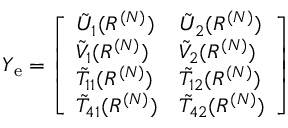
\begin{array} { r } { Y _ { \mathrm { e } } = \left[ \begin{array} { l l } { \tilde { U } _ { 1 } ( R ^ { ( N ) } ) } & { \tilde { U } _ { 2 } ( R ^ { ( N ) } ) } \\ { \tilde { V } _ { 1 } ( R ^ { ( N ) } ) } & { \tilde { V } _ { 2 } ( R ^ { ( N ) } ) } \\ { \tilde { T } _ { 1 1 } ( R ^ { ( N ) } ) } & { \tilde { T } _ { 1 2 } ( R ^ { ( N ) } ) } \\ { \tilde { T } _ { 4 1 } ( R ^ { ( N ) } ) } & { \tilde { T } _ { 4 2 } ( R ^ { ( N ) } ) } \end{array} \right] } \end{array}